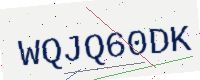
Text: WQJQ60DK